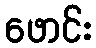
ဖောင်း